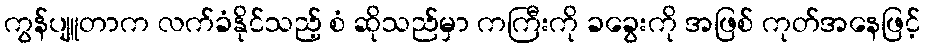
ကွန်ပျူတာက လက်ခံနိုင်သည့် စံ ဆိုသည်မှာ ကကြီးကို ခခွေးကို အဖြစ် ကုတ်အနေဖြင့်